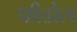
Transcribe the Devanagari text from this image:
फीडोल